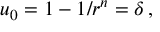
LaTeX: u _ { 0 } = 1 - 1 / r ^ { n } = \delta \, ,